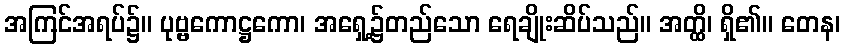
အကြင်အရပ်၌။ ပုဗ္ဗကောဋ္ဌကော၊ အရှေ့၌တည်သော ရေချိုးဆိပ်သည်။ အတ္ထိ၊ ရှိ၏။ တေန၊